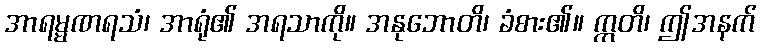
အာရမ္မဏရသံ၊ အာရုံ၏ အရသာကို။ အနုဘောတိ၊ ခံစား၏။ ဣတိ၊ ဤအနက်